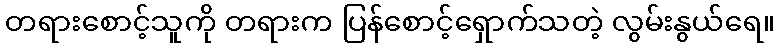
တရားစောင့်သူကို တရားက ပြန်စောင့်ရှောက်သတဲ့ လွမ်းနွယ်ရေ။